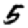
Digit: 5